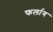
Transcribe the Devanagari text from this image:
फर्लाग